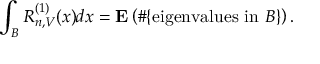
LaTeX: \int _ { B } R _ { n , V } ^ { ( 1 ) } ( x ) d x = \mathbf { E } \left( \# \{ { \mathrm { e i g e n v a l u e s ~ i n ~ } } B \} \right) .